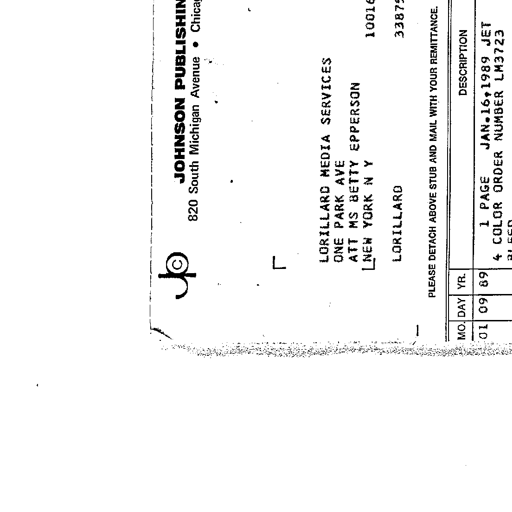
JOHNSON PUBLISHIN
820 South Michigan Avenue • Chica
LORILLARD MEDIA SERVICES
ONE PARK AVE
ATT MS BETTY EPPERSON
NEW YORK N Y
10016
LORILLARD
33875
PLEASE DETACH ABOVE STUB AND MAIL WITH YOUR REMITTANCE.
MO. DAY YR.
DESCRIPTION
01 09 89
1 PAGE JAN.16,1989 JET
4 COLOR ORDER NUMBER LM3723